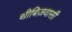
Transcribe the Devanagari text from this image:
थीबिज़वासी